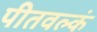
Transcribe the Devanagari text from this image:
पीतवल्कं